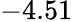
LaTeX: -4.51